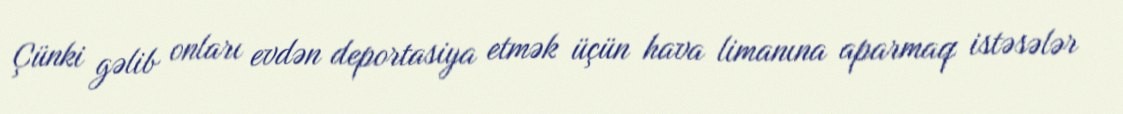
Çünki gəlib onları evdən deportasiya etmək üçün hava limanına aparmaq istəsələr